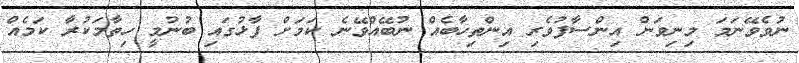
ނުވެވޭނަމަ މިނިވަން އިންސާފުވެރި އިންތިހާބެއް ނުބޭއްވޭނެ ކަމަށް ފާޅުގައި ބުނުމީ ހިތާމަކުރާ ކަމެއް